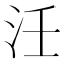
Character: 𭯺